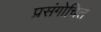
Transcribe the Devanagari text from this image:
प्रसंगोचित